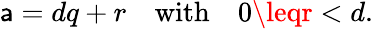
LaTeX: \mathsf{a}=dq+r\quad{\mathrm{{with}}}\quad0\leqr<d.